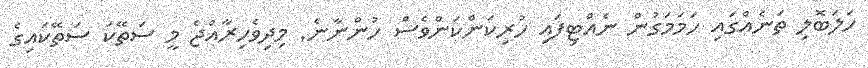
ހަލަބޮލި ތަނެއްގައި ހަމަމަގުން ނެއްޓިފައި ހުރިކަންކަންވެސް ހުންނާނެ